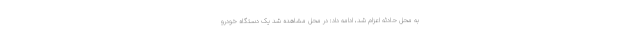
به محل حادثه اعزام شد، ادامه داد: در محل مشاهده شد یک دستگاه خودرو